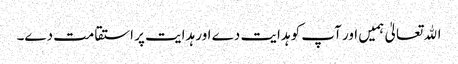
اﷲ تعالیٰ ہمیں اور آپ کو ہدایت دے اور ہدایت پر استقامت دے۔